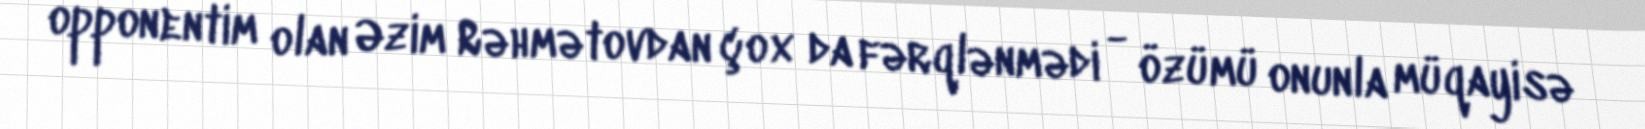
opponentim olan Əzim Rəhmətovdan çox da fərqlənmədi - özümü onunla müqayisə